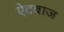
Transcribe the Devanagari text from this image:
ऐटबाज